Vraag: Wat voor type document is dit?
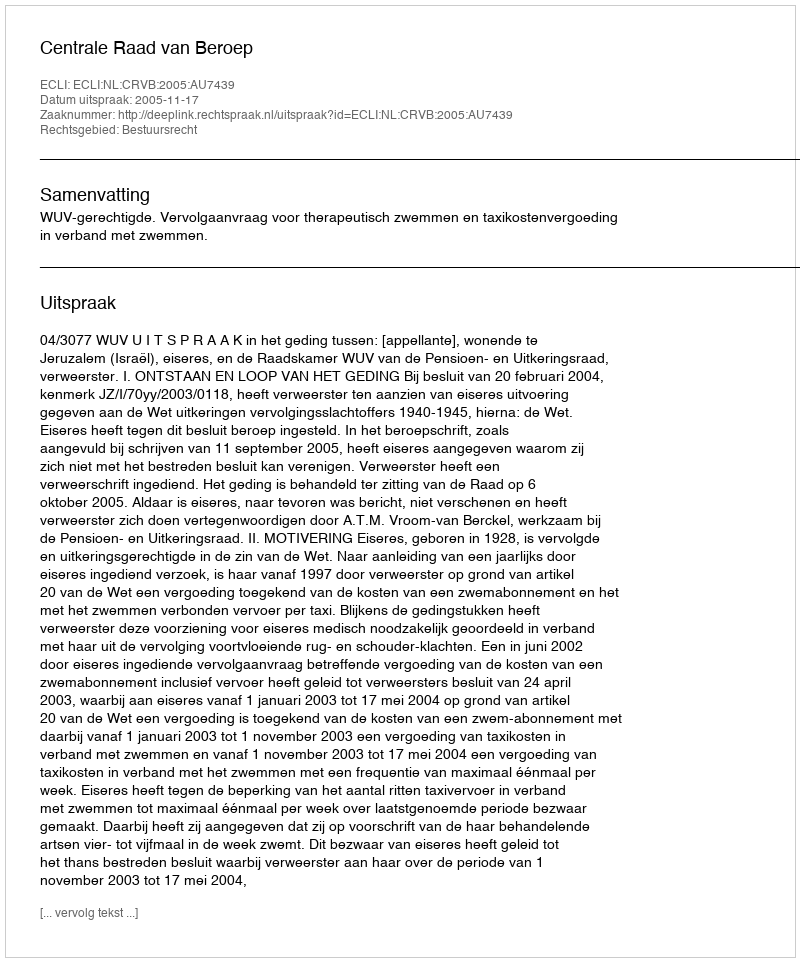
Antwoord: Uitspraak